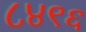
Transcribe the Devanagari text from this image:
८४९६